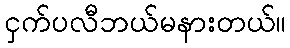
ငှက်ပလီဘယ်မနားတယ်။